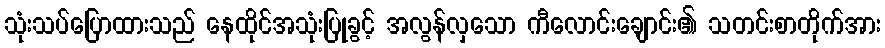
သုံးသပ်ပြောထားသည် နေထိုင်အသုံးပြုခွင့် အလွန်လှသော ကီလောင်းချောင်း၏ သတင်းစာတိုက်အား